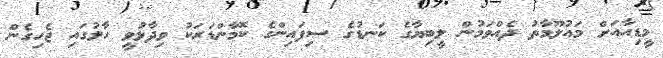
މީޑިއާއަށް މައުލޫމާތު ދެއްވަމުން ލީބިޔާގެ ކަނޑުގެ ސިފައިންގެ ކޮމާންޑަރަކު ވިދާޅުވީ ހާލުގައި ޖެހިގެން